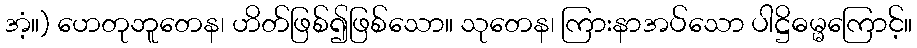
အံ့။) ဟေတုဘူတေန၊ ဟိတ်ဖြစ်၍ဖြစ်သော။ သုတေန၊ ကြားနာအပ်သော ပါဋ္ဌိဓမ္မကြောင့်။